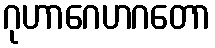
ဂုဟာဂေဟဂတော